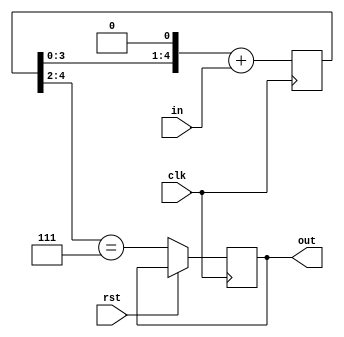
`timescale 1ns / 1ps
//////////////////////////////////////////////////////////////////////////////////
// Company: 
// Engineer: 
// 
// Design Name: 
// Module Name: debAnd Synch
// Project Name: 
// Target Devices: 
// Tool Versions: 
// Description: 
// 
// Dependencies: 
// 
// Revision:
// Revision 0.01 - File Created
// Additional Comments:
// 
//////////////////////////////////////////////////////////////////////////////////


module debAndSynch(clk,rst,in,out);
    input clk,rst,in;
    output reg out;
    reg[4:0] shiftRegister; 
    always @(posedge clk) begin
        if(rst)
            shiftRegister <= 0;
        else
            out = (shiftRegister[4:2] == 7);
        shiftRegister <= (shiftRegister << 1) + in;
    end
endmodule